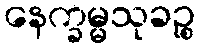
နေက္ခမ္မသုခဉ္စ